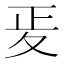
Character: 𭐠